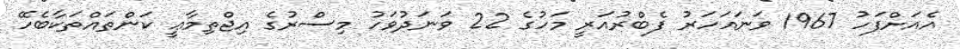
އެއަށްފަހު 1967 ވަނައަހަރު ފެބްރުއަރީ މަހުގެ 22 ވަނަދުވަހު މިސްރުގެ އިޖްތިމާޢީ ކަންތައްތަކާބެހޭ